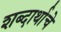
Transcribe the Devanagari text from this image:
शब्दार्थाचे